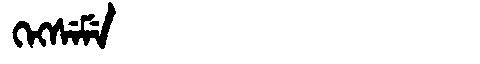
Manchu: ᡴᡝᡴᠰᡝᠮᡝ
Romanization: KEKSEME